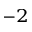
^ { - 2 }